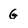
Character: G